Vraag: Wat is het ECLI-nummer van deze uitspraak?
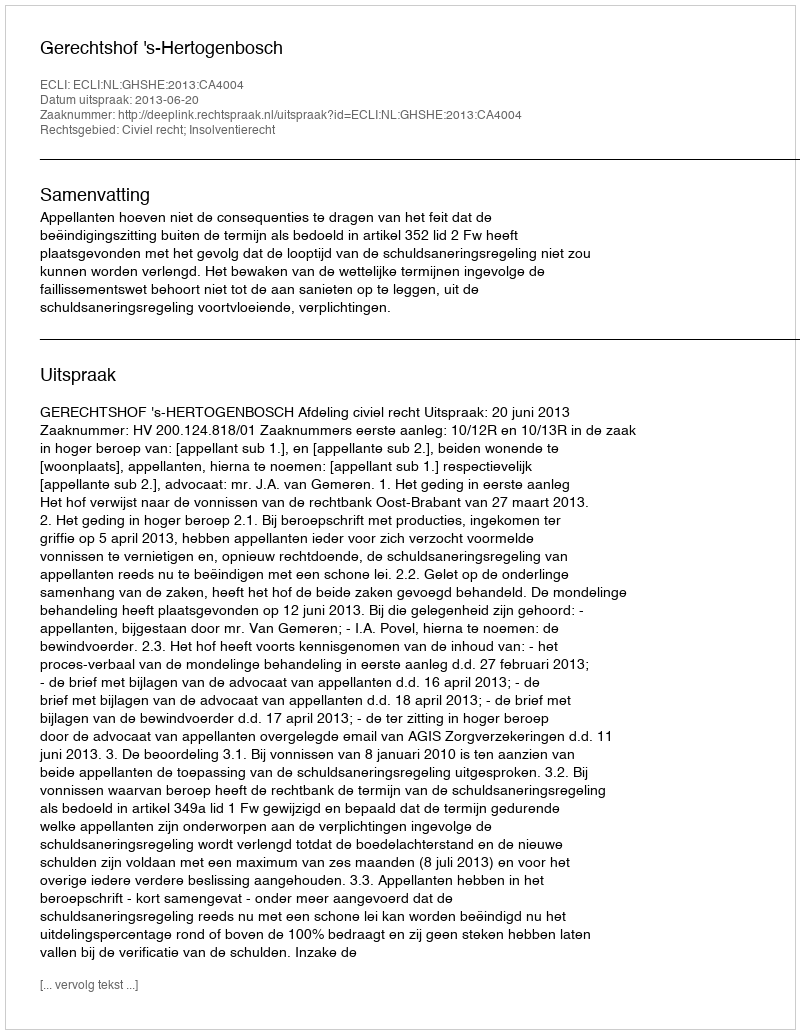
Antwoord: ECLI:NL:GHSHE:2013:CA4004